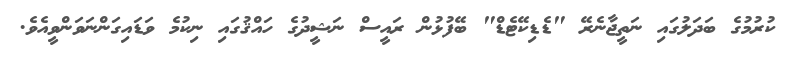
ކުރުމުގެ ބަދަލުގައި ނަތީޖާނެރޭ "ޑެޑިކޭޓެޑް" ބޭފުޅުން ރައީސް ނަޝީދުގެ ހައްޤުގައި ނިކުމެ ވަޑައިގަންނަވަންވީއެވެ.